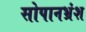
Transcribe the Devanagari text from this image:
सोपानभ्रंश